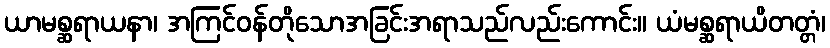
ယာမစ္ဆရာယနာ၊ အကြင်ဝန်တိုသောအခြင်းအရာသည်လည်းကောင်း။ ယံမစ္ဆရာယိတတ္တံ၊